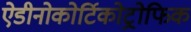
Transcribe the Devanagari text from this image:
ऐडीनोकोर्टिकोट्रोफिक